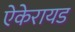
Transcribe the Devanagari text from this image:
ऐकेरायड